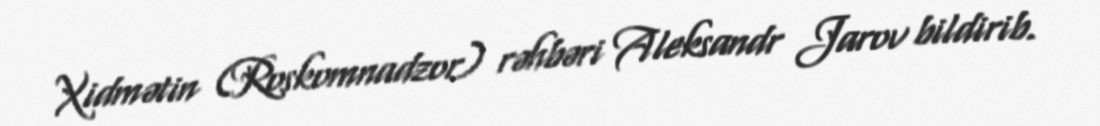
Xidmətin (Roskomnadzor) rəhbəri Aleksandr Jarov bildirib.